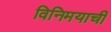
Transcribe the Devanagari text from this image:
विनिमयाची